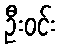
ဦးဝင်း